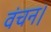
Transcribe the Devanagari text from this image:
वंचन।